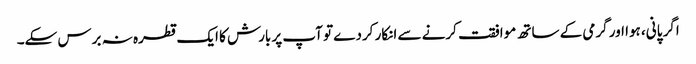
اگر پانی، ہوا اور گرمی کے ساتھ موافقت کرنے سے انکار کردے تو آپ پر بارش کا ایک قطرہ نہ برس سکے۔